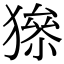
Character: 𤡅